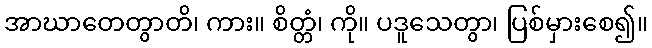
အာဃာတေတွာတိ၊ ကား။ စိတ္တံ၊ ကို။ ပဒူသေတွာ၊ ပြစ်မှားစေ၍။